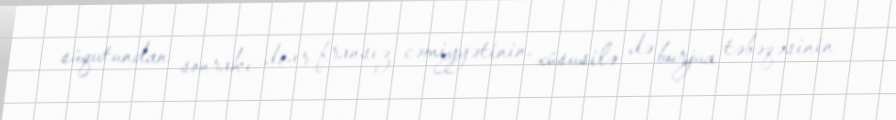
süqutundan sonrakı dövr fransız cəmiyyətinin, xüsusilə də burjua təbəqəsinin